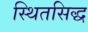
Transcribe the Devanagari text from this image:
स्थितसिद्ध